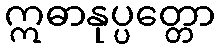
ဣဓာနုပ္ပတ္တော